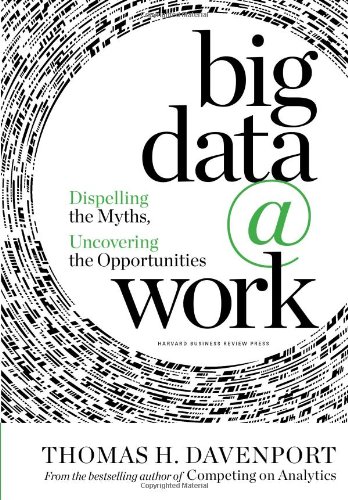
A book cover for Big Data at Work: Dispelling the Myths, Uncovering the Opportunities; Thomas H. Davenport; Business & Money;